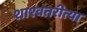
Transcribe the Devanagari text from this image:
शाश्वतरीत्या